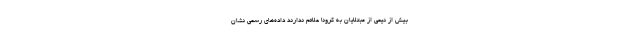
بیش از نیمی از مبتلایان به کرونا علائم ندارند داده‌های رسمی نشان